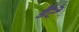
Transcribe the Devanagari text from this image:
डैंटे